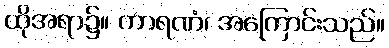
ထိုအရာ၌။ ကာရဏံ၊ အကြောင်းသည်။